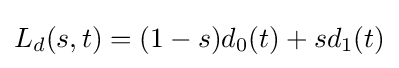
L_{d}(s,t)=(1-s)d_{0}(t)+sd_{1}(t)